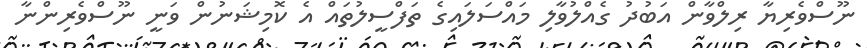
ނޫސްވެރިޔާ ރިލްވާން އަބުދު ގެއްލުވާލި މައްސަލައިގެ ތަފްސީލުތައް އެ ކޮމިޝަނުން ވަނީ ނޫސްވެރިންނާ